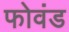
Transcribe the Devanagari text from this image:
फोवंड